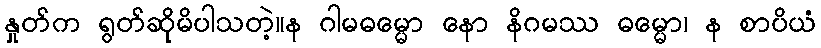
နှုတ်က ရွတ်ဆိုမိပါသတဲ့။န ဂါမဓမ္မော နော နိဂမဿ ဓမ္မော၊ န စာပိယံ